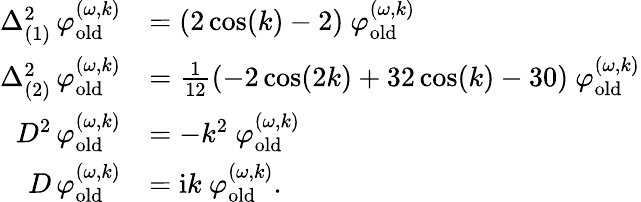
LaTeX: \begin{array}{rl}{\Delta_{(1)}^{2}\, \varphi_{\mathrm{old}}^{(\omega,k)}}&{=(2\cos(k)-2)\ \varphi_{\mathrm{old}}^{(\omega,k)}}\\ {\Delta_{(2)}^{2}\, \varphi_{\mathrm{old}}^{(\omega,k)}}&{=\frac{1}{12}(-2\cos(2k)+32\cos(k)-30)\ \varphi_{\mathrm{old}}^{(\omega,k)}}\\ {D^{2}\, \varphi_{\mathrm{old}}^{(\omega,k)}}&{=-k^{2}\ \varphi_{\mathrm{old}}^{(\omega,k)}}\\ {D\, \varphi_{\mathrm{old}}^{(\omega,k)}}&{=\mathrm{i}k\ \varphi_{\mathrm{old}}^{(\omega,k)}.}\end{array}